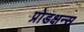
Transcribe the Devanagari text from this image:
प्रोडक्षन्स